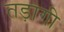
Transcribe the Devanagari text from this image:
तड़ागी